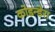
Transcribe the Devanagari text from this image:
कोडन्डेरा